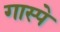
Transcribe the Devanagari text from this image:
गास्पे